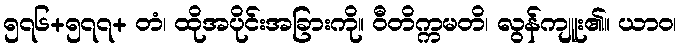
၅၇၆+၅၇၇+ တံ၊ ထိုအပိုင်းအခြားကို။ ဝီတိက္ကမတိ၊ လွန်ကျူး၏။ ယာဝ၊